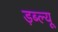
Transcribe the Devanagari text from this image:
ड़ब्ल्यू